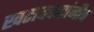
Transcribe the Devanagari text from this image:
खटावकरांनीच